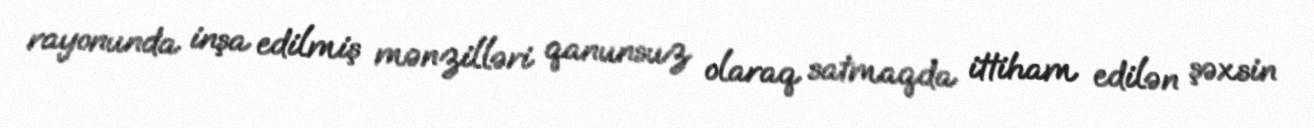
rayonunda inşa edilmiş mənzilləri qanunsuz olaraq satmaqda ittiham edilən şəxsin